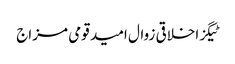
ٹیگزاخلاقی زوال امید قومی مزاج